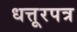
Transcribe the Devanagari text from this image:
धत्तूरपत्र